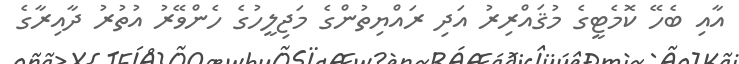
އާއި ބެހޭ ކޮމެޓީގެ މުޤައްރިރު އަދި ރައްޔިތުންގެ މަޖިލީހުގެ ހެންވޭރު އުތުރު ދާއިރާގެ